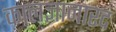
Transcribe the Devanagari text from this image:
कालज्ञानारद